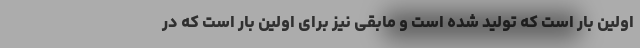
اولین بار است که تولید شده است و مابقی نیز برای اولین بار است که در